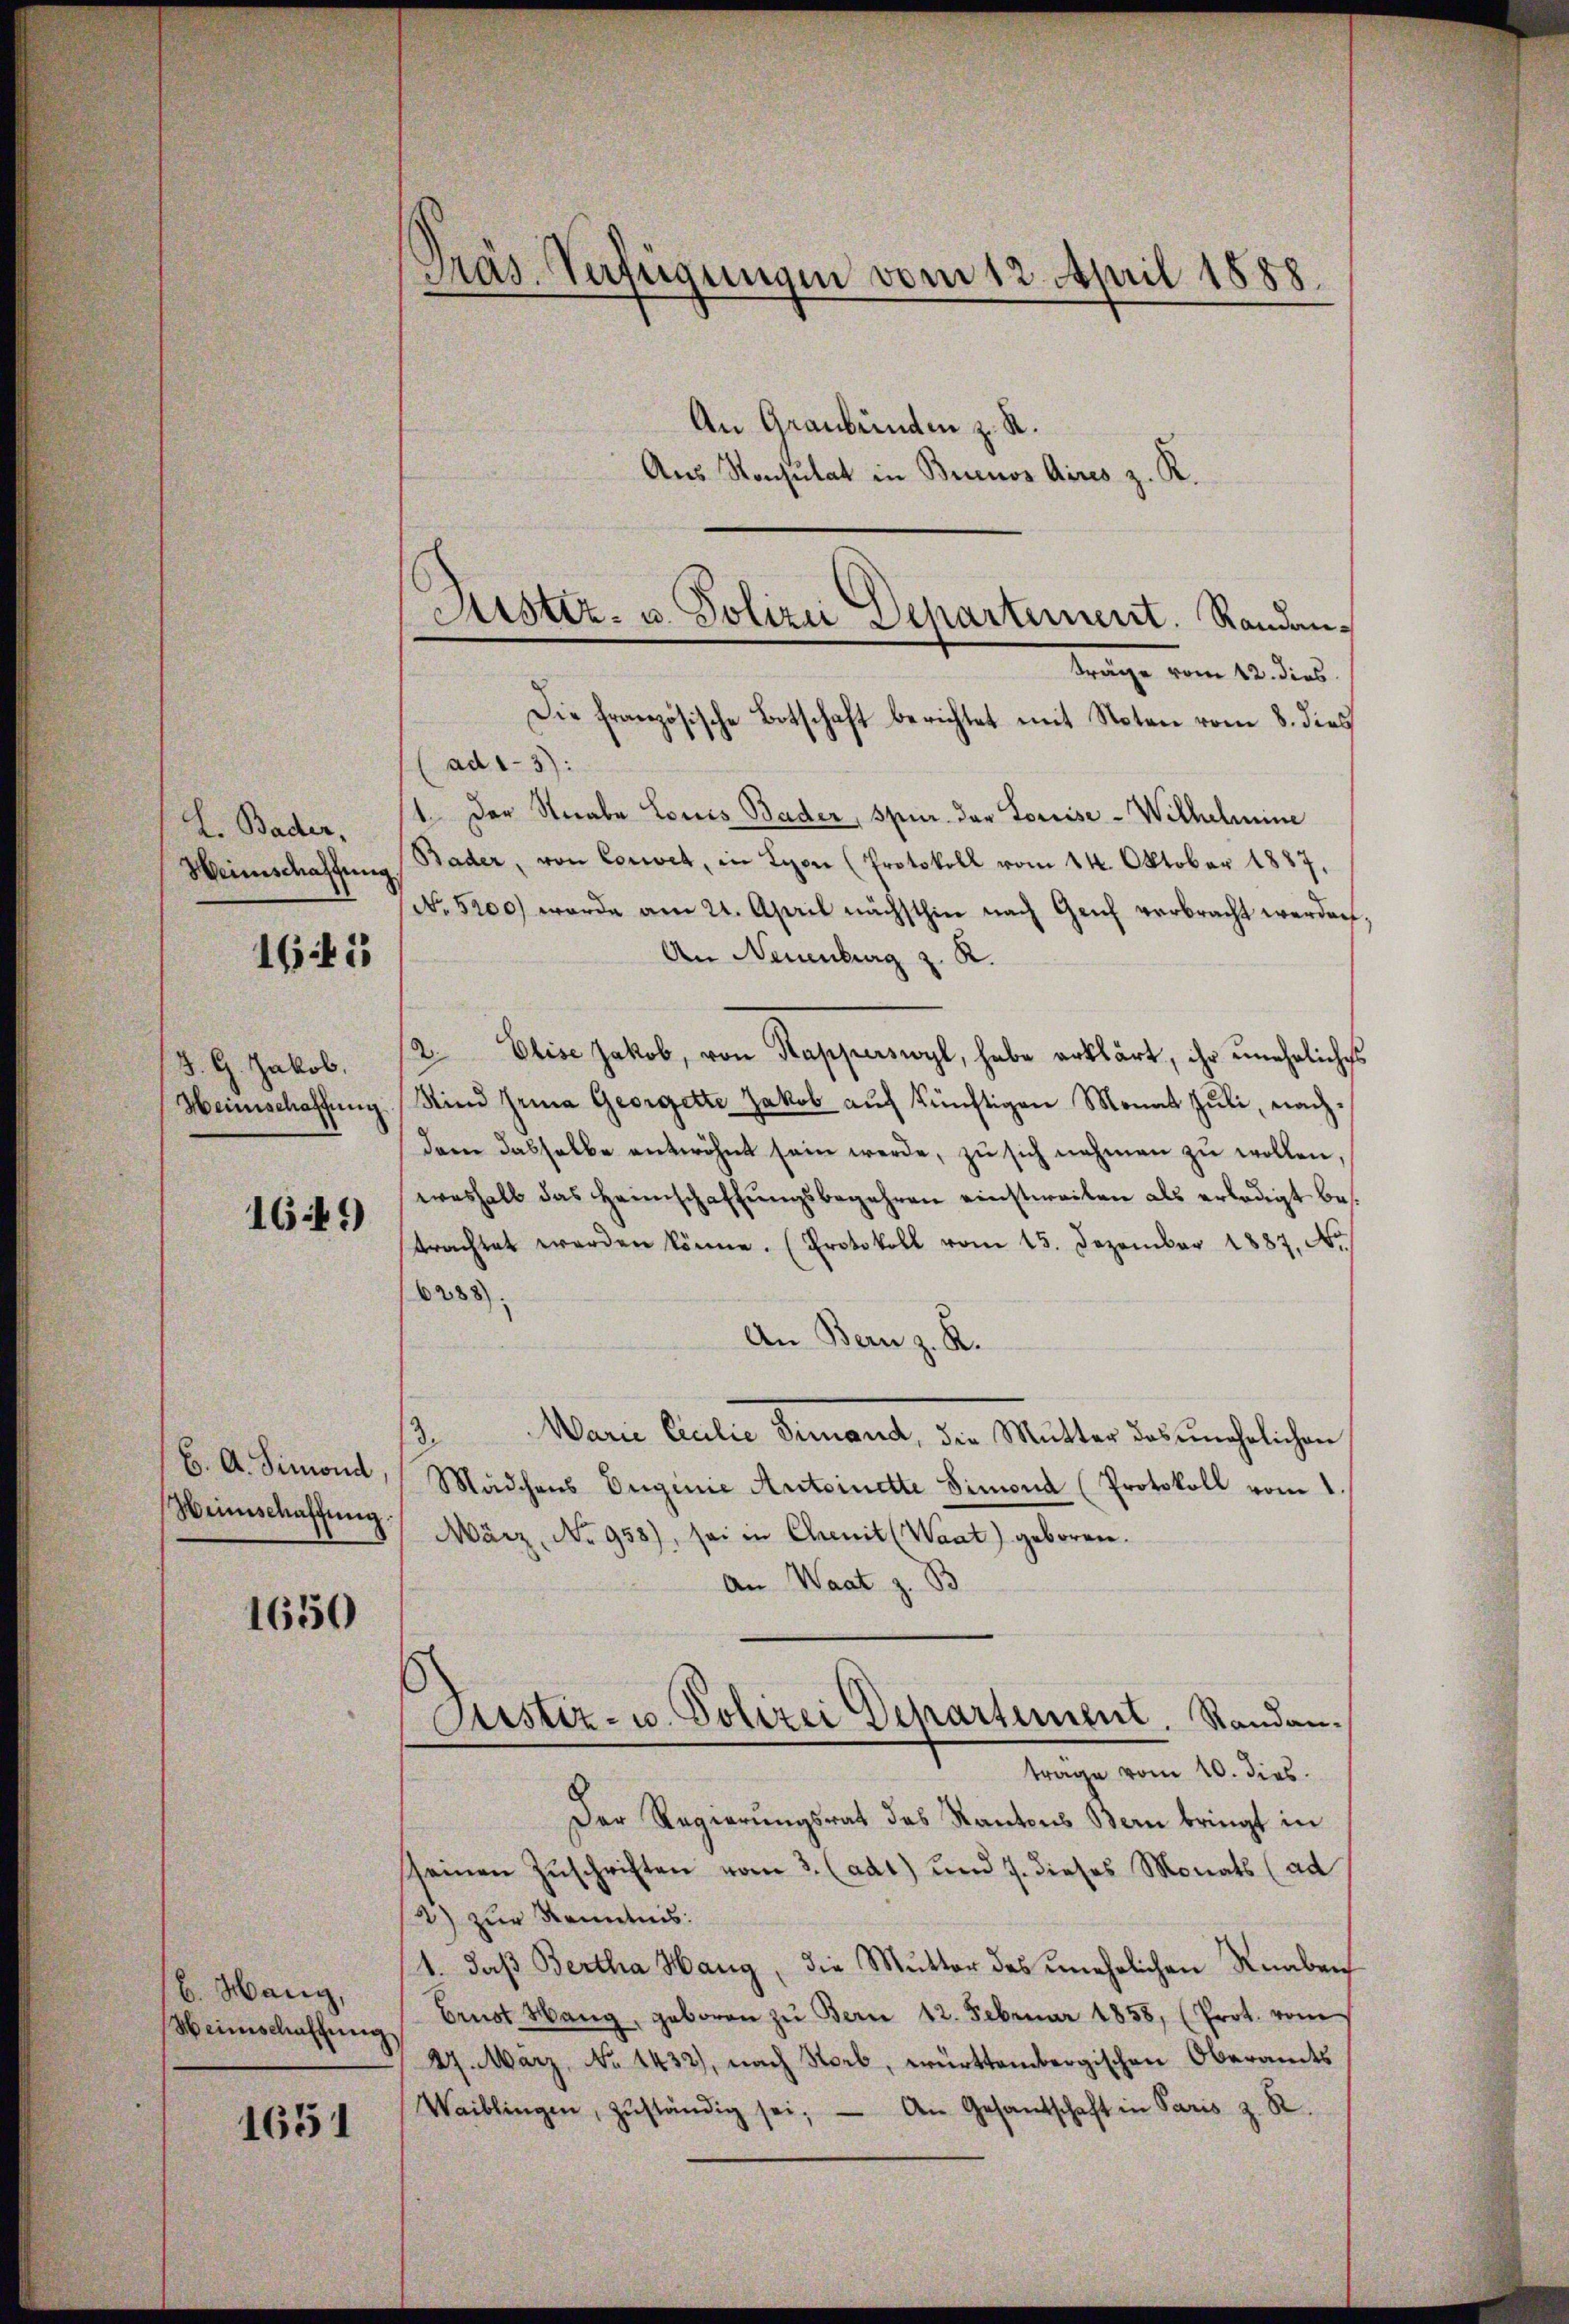
L. Bader,
Heinschaffung

1645

J. G. Jakob.
Heinschaffung

16.11)

B. A. Simond,
Weinschaffung.

1650

b. Hang,
Weinschaffŭng

1651

Gras. Verfügungen vom 12. April 1888.
An Graubünden z. R.
Aus Konsulat in Buenos Aires z. R.

Justiz- u. Polizei Departement. Randan¬
Trage vom 12. dies
Die französische Botschaft berichtet mit Noten vom 8. dies

(ad 1-3):
1. Der Knabe Louis Bader, spur der Louise - Wilhelmine
Bader, von Loret, in Lyon (Protokoll vom 14. Oktober 1887,
No 5200) werde am 21. April nächsthin nach Genf verbracht werden,
An Neuenburg z. R.
12. Elise Jakob, von Kapperswyl, habe erklärt, ihr uneheliches
Kind Grina Georgette Jakob auf künftigen Monat Juli, nachdem dasselbe entwöhnt sein werde, zu sich nehmen zu wollen,
weshalb das Heimschaffŭngsbegehren einstweilen als erledigt bes
trachtet werden könne. (Protokoll vom 15. Dezember 1887. No.
6288)
An Bern z. R.
Marie Cicilie Finand, die Mutter das unehelichen
3.
Mädchens Euginie Antoinette Simona (Protokoll vom 1.
März, No 958), sei in Cheit (Waat) geboren.
An Waat z. B
Justiz- u. Polizei Departement. Randan-
trage vom 10. dies
Der Regierungsrat des Kantons Bern bringt in
seinen Zuschriften vom 3. (adt) und 7. dieses Monats (ad
2) zur Kenntnis:
11. daß Bertha Hang, die Mutter des unehrlichen Knabens
Brust Hang, geboren zŭ Bern 12. Februar 1858, (Prot. vom
27. März, No 1432), nach Soeb, württembergischen Oberamts
Waiblingen, zŭständig sei. An Gesandschaft in Paris z. R.